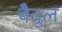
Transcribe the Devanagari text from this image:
बेैतुल